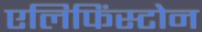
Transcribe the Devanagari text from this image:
एलिफिंस्टोन